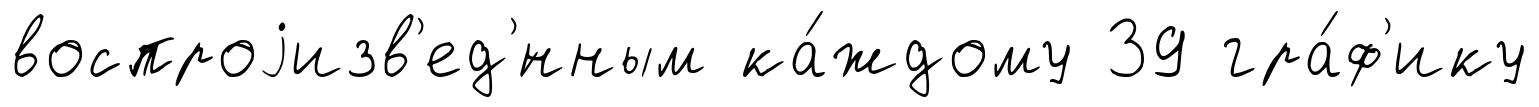
воспроjизв'ед'́нным ка́ждому 39 гра́ф'ику